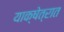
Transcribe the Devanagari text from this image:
याक्षेत्रात